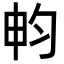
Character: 𣌨